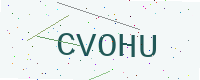
Text: CVOHU